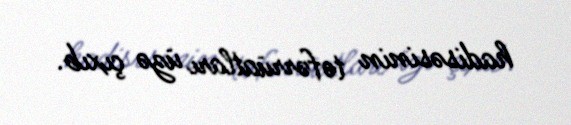
hadisəsinin təfərrüatları üzə çıxıb.